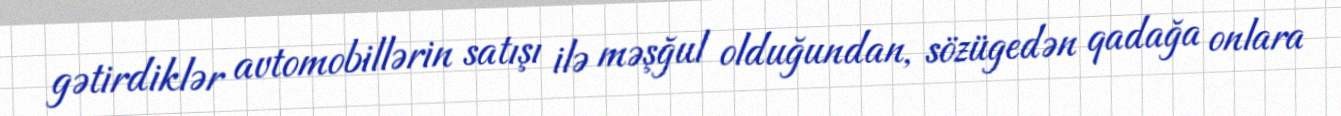
gətirdiklər avtomobillərin satışı ilə məşğul olduğundan, sözügedən qadağa onlara